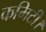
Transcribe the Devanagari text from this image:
कमिटी।